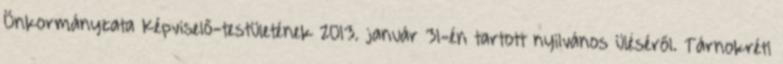
Önkormányzata Képviselő-testületének 2013. január 31-én tartott nyilvános üléséről. Tárnokréti